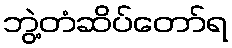
ဘွဲ့တံဆိပ်တော်ရ